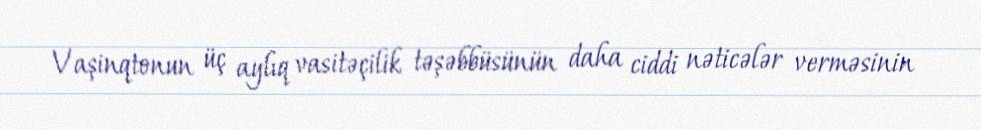
Vaşinqtonun üç aylıq vasitəçilik təşəbbüsünün daha ciddi nəticələr verməsinin